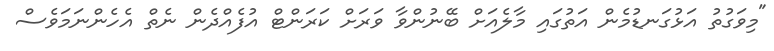
"މިވަގުތު އަޅުގަނޑުމެން އަތުގައި މާލެއަށް ބޭނުންވާ ވަރަށް ކަރަންޓް އުފެއްދެން ނެތް އެހެންނަމަވެސް